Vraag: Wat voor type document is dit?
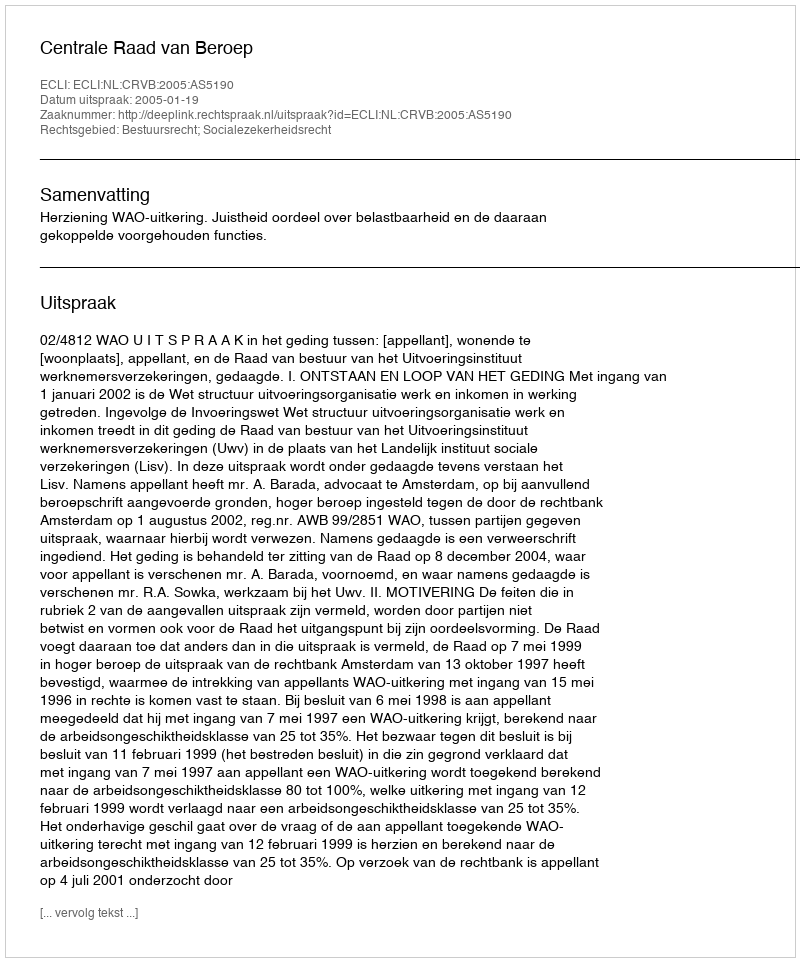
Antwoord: Uitspraak